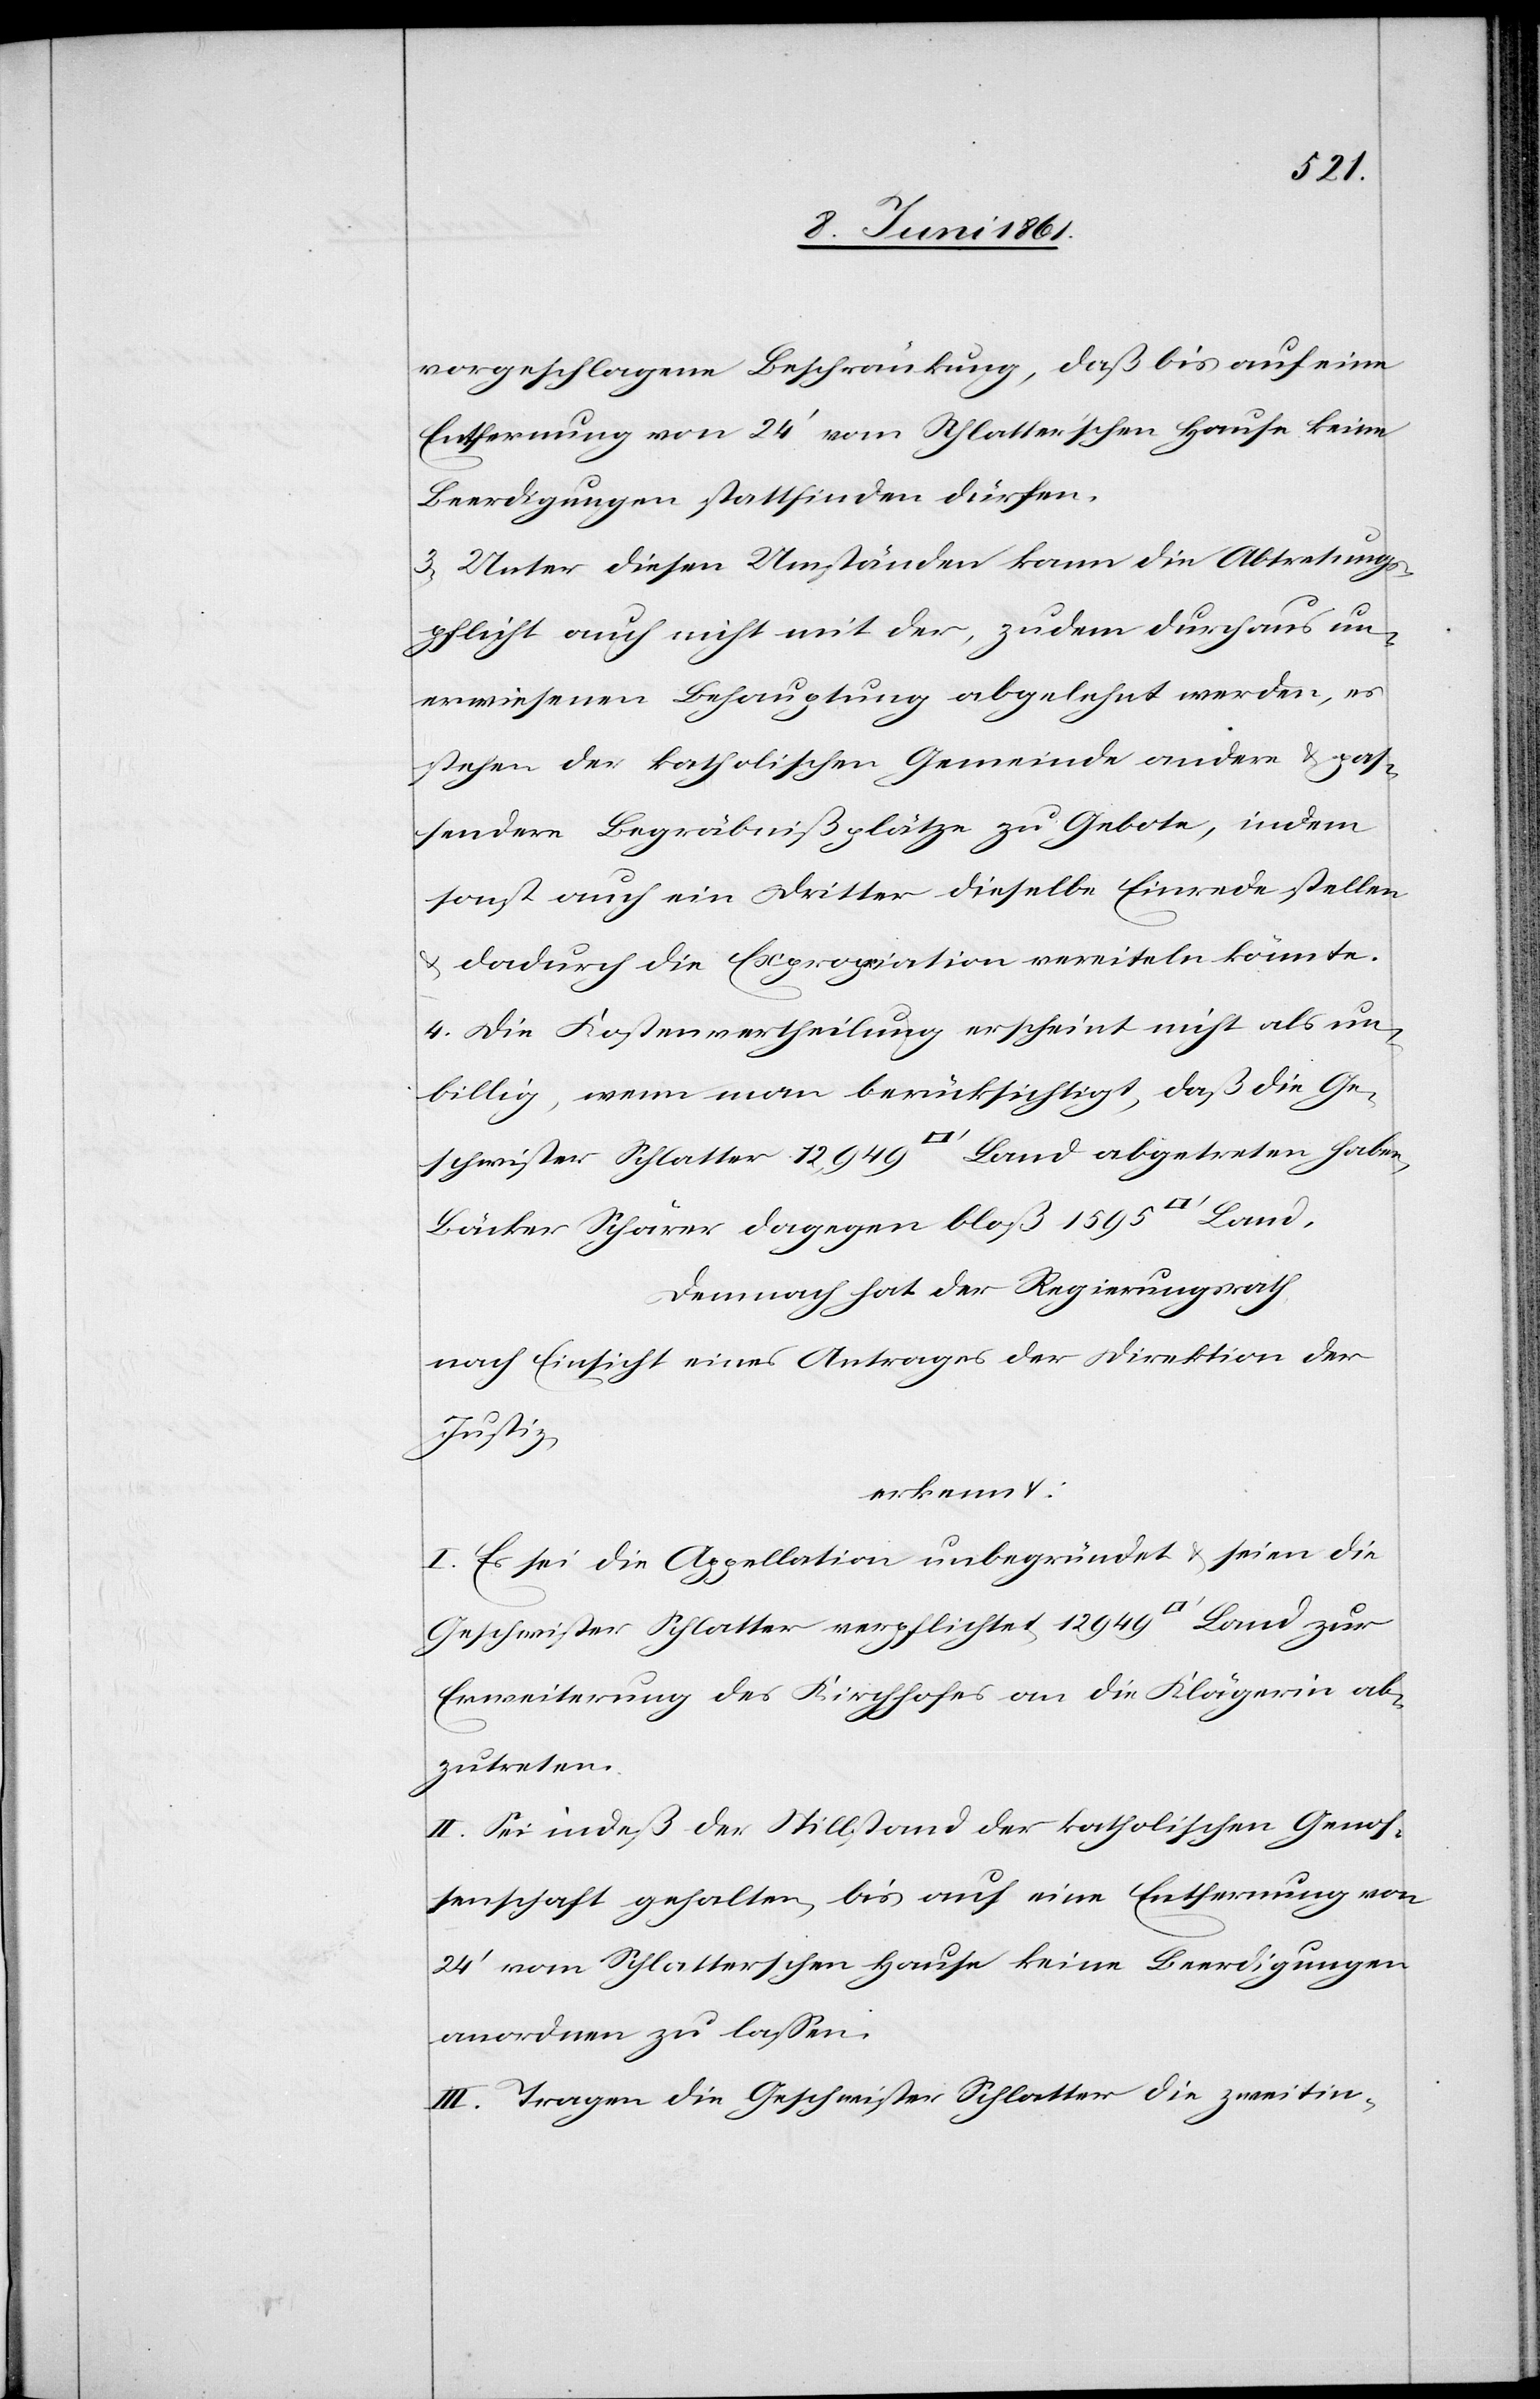
vorgeschlagene Beschränkung, daß bis auf eine
Entfernung von 24’ vom Schlatter’schen Hause keine
Beerdigungen stattfinden dürfen.
3. Unter diesen Umständen kann die Abtretungs¬
pflicht auch nicht mit der, zudem durchaus un¬
erwiesenen Behauptung abgelehnt werden, es
stehen der katholischen Gemeinde andere pas¬
sendere Begräbnißplätze zu Gebote, indem
sonst auch ein Dritter dieselbe Einrede stellen
u. dadurch die Expropriation vereiteln könnte.
4. Die Kostenvertheilung erscheint nicht als un¬
billig, wenn man berücksichtigt, daß die Ge¬
schwister Schlatter 12,949 [Quadratfuß] Land abgetreten haben,
Bäcker Schärer dagegen bloß 1595
Demnach hat der Regierungsrath
nach Einsicht eines Antrages der Direktion der
Justiz,
erkennt:
I. Es sei die Appellation unbegründet u. seien die
Geschwister Schlatter verpflichtet 12 949 [Quadratfuß] Land zur
Erweiterung des Kirchhofes an die Klägerin ab¬
zutreten.
II. Sei indeß der Stillstand der katholischen Genos¬
senschaft gehalten, bis auf eine Entfernung von
24’ vom Schlatterschen Hause keine Beerdigungen
anordnen zu lassen.
III. Tragen die Geschwister Schlatter die zweitin-